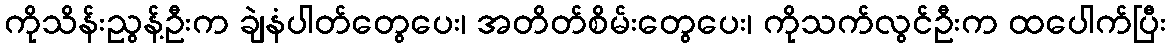
ကိုသိန်းညွန့်ဦးက ချဲနံပါတ်တွေပေး၊ အတိတ်စိမ်းတွေပေး၊ ကိုသက်လွင်ဦးက ထပေါက်ပြီး